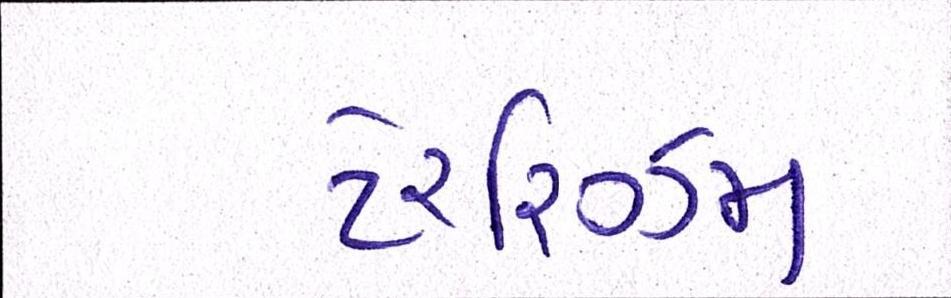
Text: ટેરરિઝમ